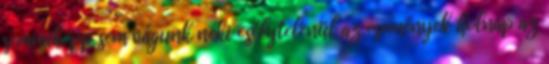
semmiképp sem vágunk neki esélytelenül az események holnap az